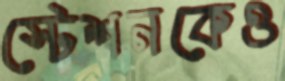
স্টেশনকেও